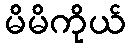
မိမိကိုယ်